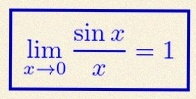
\lim_{x\to0}\frac{\sin x}{x}=1